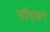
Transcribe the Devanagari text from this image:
पॉवडर